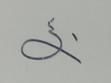
Signature authenticity: forged